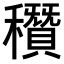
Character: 𥣶